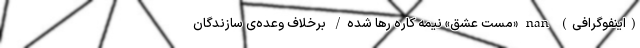
(اینفوگرافی) nan «مست عشق» نیمه کاره رها شده/ برخلاف وعده‌ی سازندگان